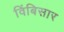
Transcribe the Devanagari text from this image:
विंबिसार